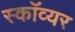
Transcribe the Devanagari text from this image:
स्काॅव्यर